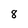
Character: 8